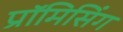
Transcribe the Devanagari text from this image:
प्रॉमिसिंग